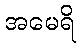
အမေရိ